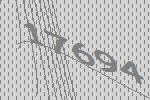
17694